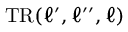
\mathrm { T R } ( \ell ^ { \prime } , \ell ^ { \prime \prime } , \ell )